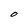
Character: O